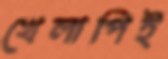
খেলাপিই